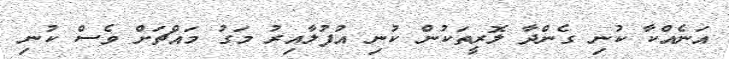
އަނެއްކާ ކުނި ގެންދާ ލޮރީތަކުން ކުނި އުފުލާއިރު މަގު މައްޗަށް ވެސް ކުނި